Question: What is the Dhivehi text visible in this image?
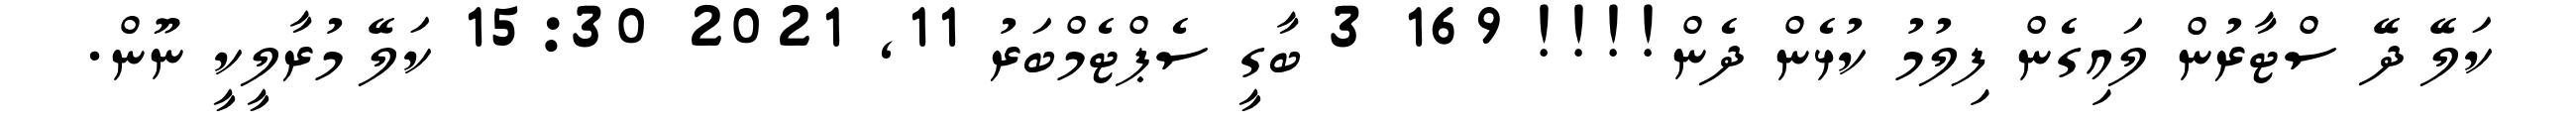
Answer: ކަލޭ ދޭ ސްޓާރުން ލައިގެން ފިލުމު ކުޅެން ދެން!!!! 169 3 ބާގީ ސެޕްޓެމްބަރު 11, 2021 15:30 ކަލޭ މުރާލީކީ ނޫން.